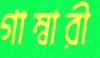
গাম্বারী